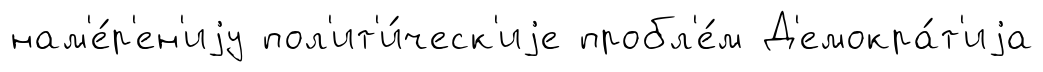
нам'е́р'ен'иjу пол'ит'и́ческ'иjе пробл'е́м Д'емокра́т'иjа